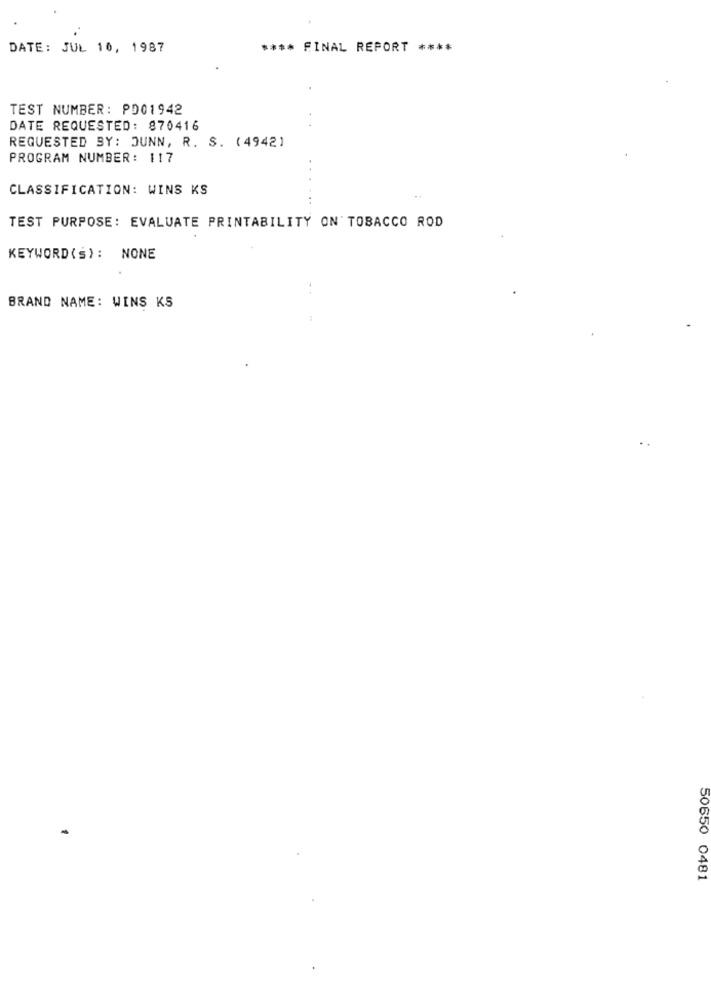
DATE: JUL 10, 1987
**** FINAL REPORT ****
TEST NUMBER: PD01942
DATE REQUESTED: 870416
REQUESTED BY: JUNN, R. S. (4942)
PROGRAM NUMBER: 117
CLASSIFICATION: WINS KS
TEST PURPOSE: EVALUATE PRINTABILITY ON TOBACCO ROD
KEYWORD(S): NONE
BRAND NAME: WINS KS
50650 0481